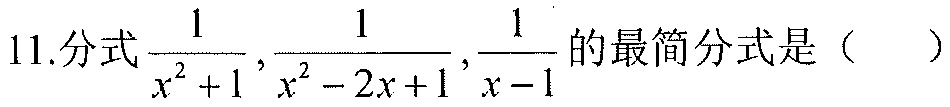
11.分式\(\frac{1}{x^{2}+1},\frac{1}{x^{2}-2x + 1},\frac{1}{x - 1}\)的最简分式是（  ）